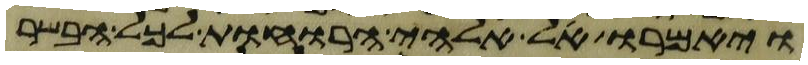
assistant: ויאמרו אל אלהי הרוחות לכל הבשר